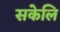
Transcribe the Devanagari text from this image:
सकेलि